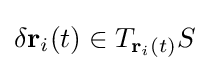
\delta \mathbf {r} _{i}(t)\in T_{\mathbf {r} _{i}(t)}S